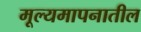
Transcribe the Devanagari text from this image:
मूल्यमापनातील